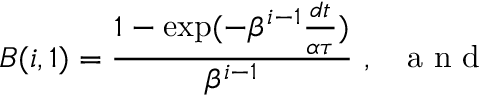
B ( i , 1 ) = \frac { 1 - \exp ( - \beta ^ { i - 1 } \frac { d t } { \alpha \tau } ) } { \beta ^ { i - 1 } } \ , \textrm { ~ a n d }